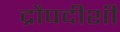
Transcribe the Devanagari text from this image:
द्रौपदीशी